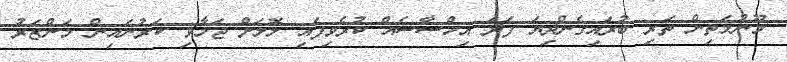
މޫނުމަތިން ތަރި ބުރައިގެންދިޔަ ފަދަ އިހްސާސެއް ކުރެވިފައި ލޮލަށް ޖަމާވި ކަރުނައިން މަންޒަރު